Document type: Grant
Year: 1232
Scribe: Berenguer de Clos
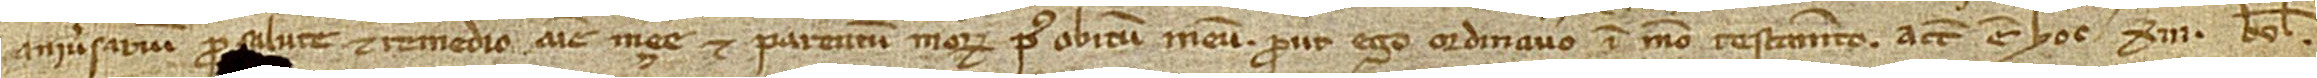
aniversarium pro salute et remedio anime mee et parentum meorum post obitum meum, prout ego ordinavero in meo testamento. Actum est hoc XIII kalendas